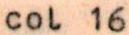
col 16